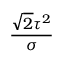
\frac { \sqrt { 2 } \tau ^ { 2 } } { \sigma }